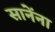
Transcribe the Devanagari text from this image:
सानेंना